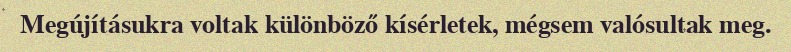
Megújításukra voltak különböző kísérletek, mégsem valósultak meg.